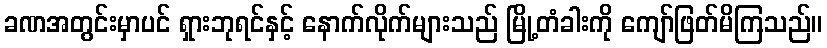
ခဏအတွင်းမှာပင် ရှားဘုရင်နှင့် နောက်လိုက်များသည် မြို့တံခါးကို ကျော်ဖြတ်မိကြသည်။